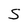
Character: S